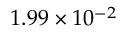
1 . 9 9 \times 1 0 ^ { - 2 }